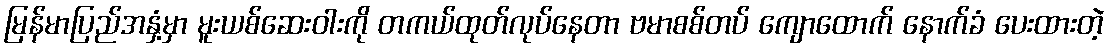
မြန်မာပြည်အနှံ့မှာ မူးယစ်ဆေးဝါးကို တကယ်ထုတ်လုပ်နေတာ ဗမာစစ်တပ် ကျောထောက် နောက်ခံ ပေးထားတဲ့